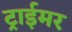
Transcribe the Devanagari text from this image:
ट्राईमर